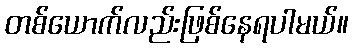
တစ်ယောက်လည်းဖြစ်နေရပါမယ်။